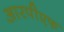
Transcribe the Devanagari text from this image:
आरपीएफ